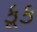
કૂક